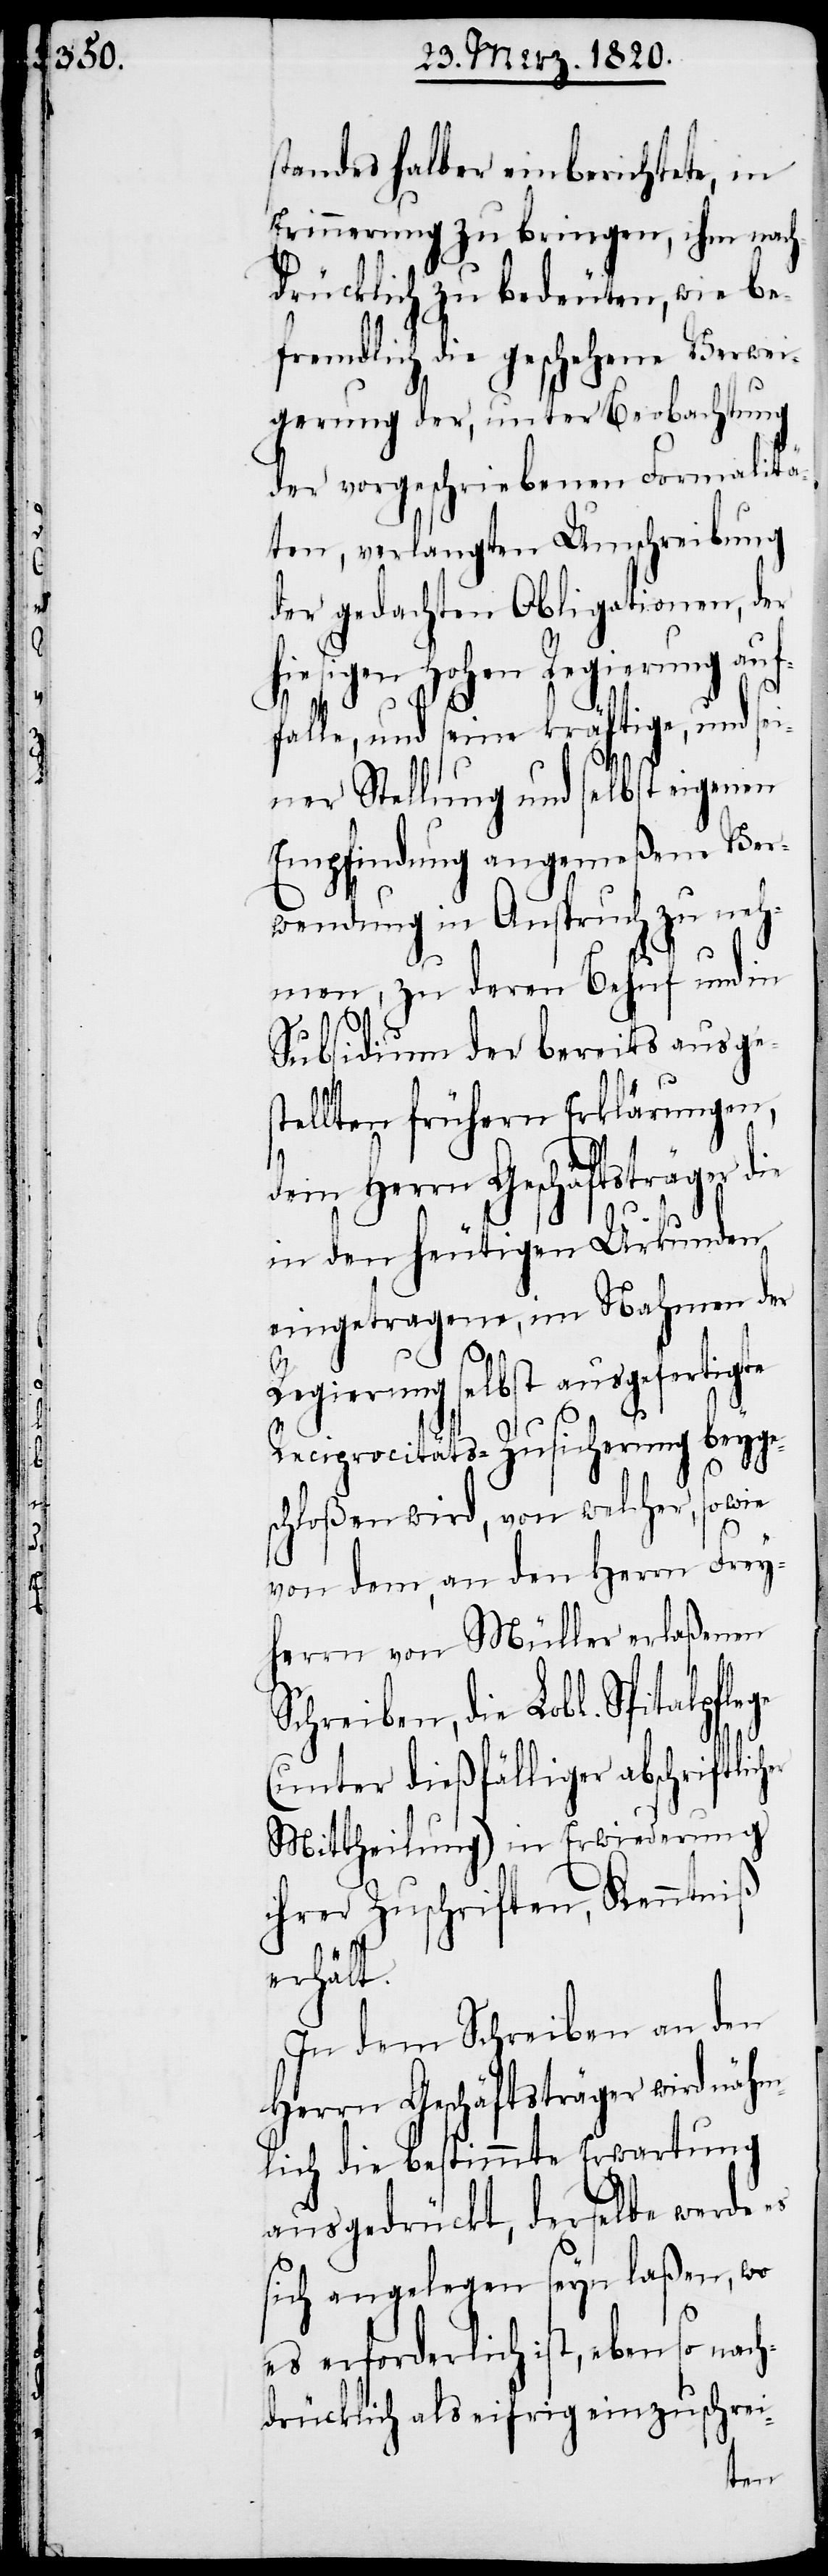
her

standes halber einberichtete, in
Erinnerung zu bringen, ihm nach¬
drücklich zu bedeuten, wie be¬
fremdlich die geschehene Verwei¬
gerung der, unter Beobachtung
der vorgeschriebenen Formalitä¬
ten, verlangten Umschreibung
der gedachten Obligationen, der
hiesigen Hohen Regierung auf¬
falle, und seine kräftige, und sei¬
ner Stellung und selbst eigenen
Empfindung angemeßene Ver¬
wendung in Anspruch zu neh¬
men, zu deren Behuf und in
Subsidium der bereits ausges¬
tellten frühern Erklärungen,
dem Herrn Geschäftsträger die
in den heutigen Urkunden
eingetragene, im Nahmen der
Regierung selbst ausgefertigte
Reciprocitäts-Zusicherung beyge¬
schloßen wird, von welcher, sowie
von dem, an den Herrn Frey¬
herrn von Müller erlaßenen
Schreiben, die Lobl.
(unter dießfälliger abschriftlic¬
Mittheilung) in Erwiederung
ihrer Zuschriften, Kenntniß
erhält.
In dem Schreiben an den
Herrn Geschäftsträger wird nähm¬
lich die bestimmte Erwartung
ausgedrückt, derselbe werde
sich angelegen seyn laßen, wo
es erforderlich ist, ebenso nac¬
hdrücklich als eifrig einzuschrei-